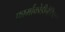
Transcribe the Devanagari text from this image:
फार्माकोडीनेमिक्स